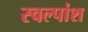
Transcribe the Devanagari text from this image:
स्वल्पांश